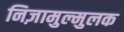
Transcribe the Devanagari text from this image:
निज़ामुल्मुलक